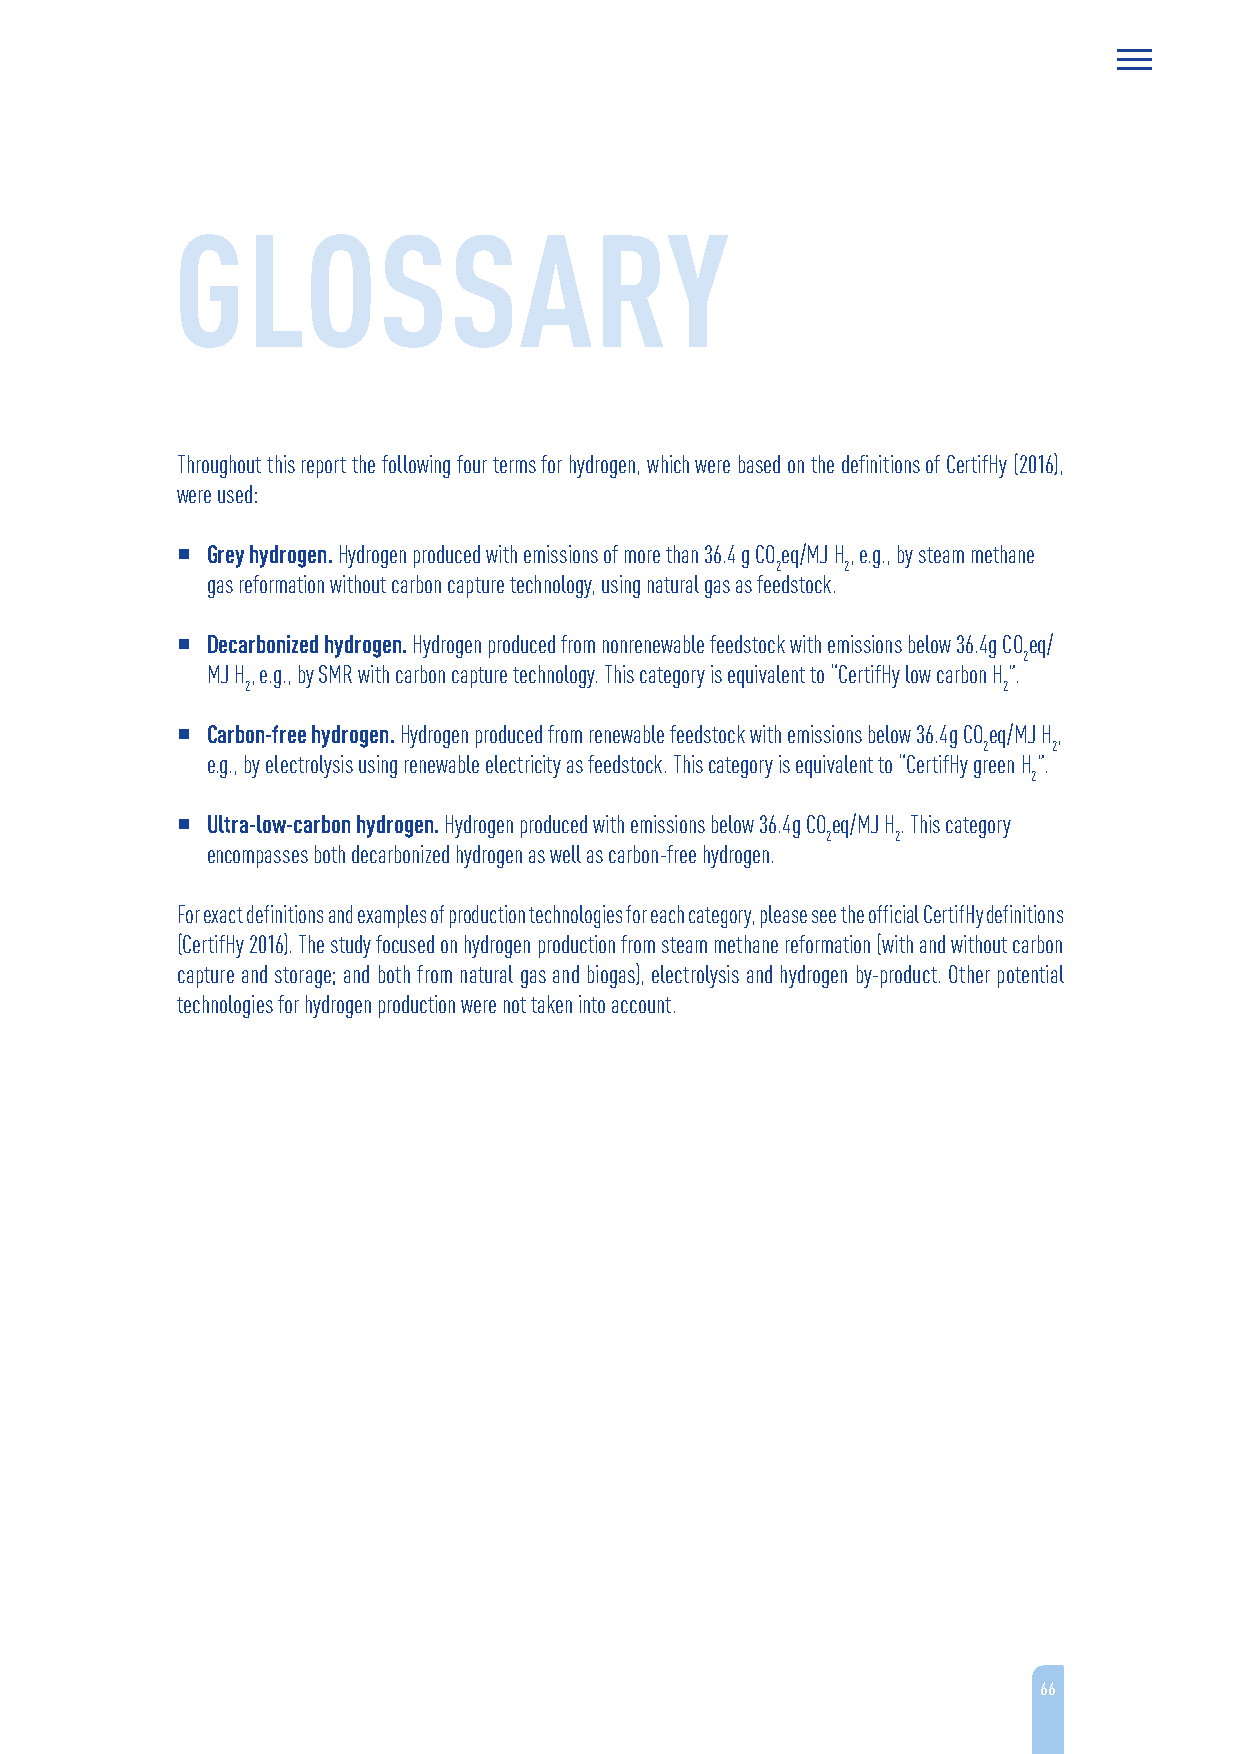
GLOSSARY
 Throughout this report the following four terms for hydrogen, which were based on the definitions of CertifHy (2016),
 were used:
  Grey hydrogen. Hydrogen produced with emissions of more than 36.4 g COeq/MJ H, e.g., by steam methane
 2    2
 gas reformation without carbon capture technology, using natural gas as feedstock.
  Decarbonized hydrogen. Hydrogen produced from nonrenewable feedstock with emissions below 36.4g COeq/
 2
 MJ H, e.g., by SMR with carbon capture technology. This category is equivalent to “CertifHy low carbon H”.
 2                                                 2
  Carbon-free hydrogen. Hydrogen produced from renewable feedstock with emissions below 36.4g COeq/MJ H,
 2    2
 e.g., by electrolysis using renewable electricity as feedstock. This category is equivalent to “CertifHy green H”.
 2
  Ultra-low-carbon hydrogen. Hydrogen produced with emissions below 36.4g COeq/MJ H. This category
 2   2
 encompasses both decarbonized hydrogen as well as carbon-free hydrogen.
 For exact definitions and examples of production technologies for each category, please see the official CertifHy definitions
 (CertifHy 2016). The study focused on hydrogen production from steam methane reformation (with and without carbon
 capture and storage; and both from natural gas and biogas), electrolysis and hydrogen by-product. Other potential
 technologies for hydrogen production were not taken into account.
 66